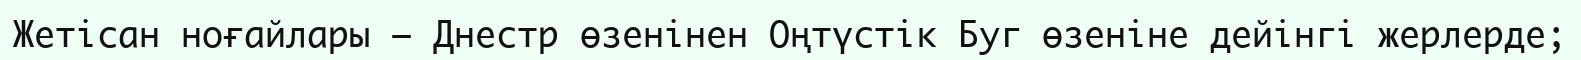
Жетісан ноғайлары — Днестр өзенінен Оңтүстік Буг өзеніне дейінгі жерлерде;